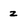
Character: z